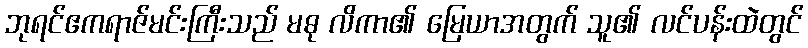
ဘုရင်ဧကရာဇ်မင်းကြီးသည် မဓု လိကာ၏ မြေယာအတွက် သူ၏ လင်ပန်းထဲတွင်